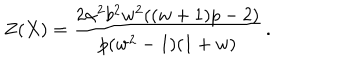
LaTeX: Z ( X ) = \frac { 2 \alpha ^ { 2 } b ^ { 2 } w ^ { 2 } ( ( w + 1 ) p - 2 ) } { p ( w ^ { 2 } - 1 ) ( 1 + w ) } \, .